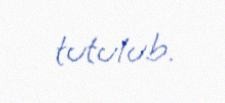
tutulub.